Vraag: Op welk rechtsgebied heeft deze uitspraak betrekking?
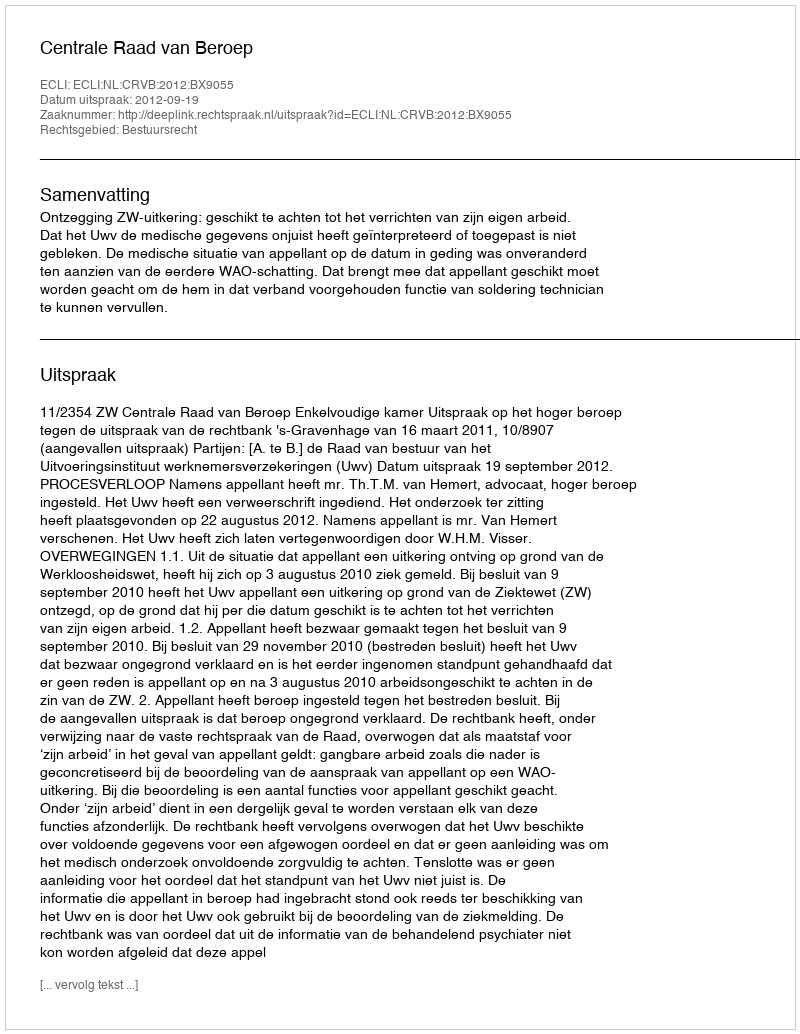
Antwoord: Bestuursrecht